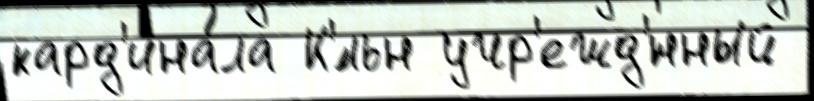
кард'ина́ла К'́льн учр'ежд'́нный